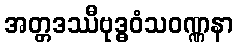
အတ္တဒဿီဗုဒ္ဓဝံသဝဏ္ဏနာ